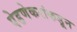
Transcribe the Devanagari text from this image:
पेडणेकरांकडून